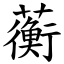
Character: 蘅